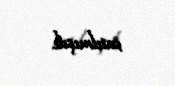
satılmışdı.